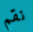
نقم